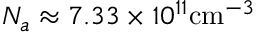
{ \cal N } _ { a } \approx 7 . 3 3 \times 1 0 ^ { 1 1 } \mathrm { c m } ^ { - 3 }